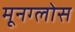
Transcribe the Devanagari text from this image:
मूनग्लोस